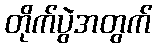
တိုက်ပွဲအတွက်